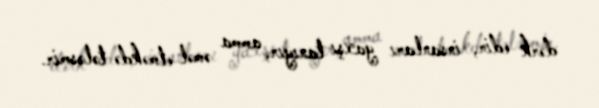
dərk edir, insanları yaxşı tanıyır, amma əməl etməkdə tələsmir.